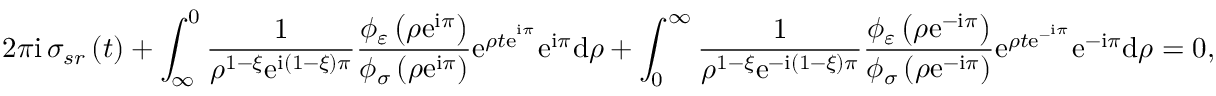
2 \pi \mathrm { i \, } \sigma _ { s r } \left( t \right) + \int _ { \infty } ^ { 0 } \frac { 1 } { \rho ^ { 1 - \xi } \mathrm { e } ^ { \mathrm { i } \left( 1 - \xi \right) \pi } } \frac { \phi _ { \varepsilon } \left( \rho \mathrm { e } ^ { \mathrm { i } \pi } \right) } { \phi _ { \sigma } \left( \rho \mathrm { e } ^ { \mathrm { i } \pi } \right) } \mathrm { e } ^ { \rho t \mathrm { e } ^ { ^ { \mathrm { i } \pi } } } \mathrm { e } ^ { \mathrm { i } \pi } \mathrm { d } \rho + \int _ { 0 } ^ { \infty } \frac { 1 } { \rho ^ { 1 - \xi } \mathrm { e } ^ { - \mathrm { i } \left( 1 - \xi \right) \pi } } \frac { \phi _ { \varepsilon } \left( \rho \mathrm { e } ^ { - \mathrm { i } \pi } \right) } { \phi _ { \sigma } \left( \rho \mathrm { e } ^ { - \mathrm { i } \pi } \right) } \mathrm { e } ^ { \rho t \mathrm { e } ^ { - ^ { \mathrm { i } \pi } } } \mathrm { e } ^ { - \mathrm { i } \pi } \mathrm { d } \rho = 0 ,